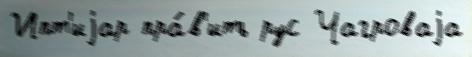
Ипт'иjар пра́в'ить рус Чагроваjа